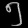
Digit: ၅